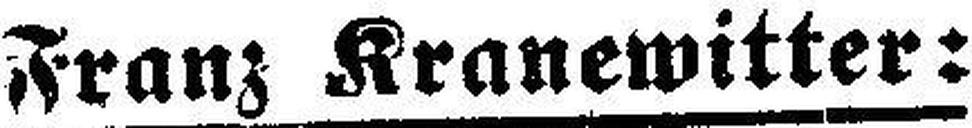
Franz Kranewitter: